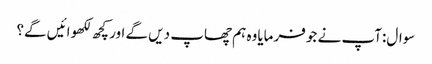
سوال:آپ نے جو فرمایاوہ ہم چھاپ دیں گے اور کچھ لکھوائیں گے؟